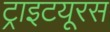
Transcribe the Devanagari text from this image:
ट्राइटयूरस